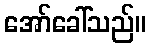
အော်ခေါ်သည်။